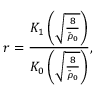
r = \frac { K _ { 1 } \left( \sqrt { \frac { 8 } { \tilde { \rho } _ { 0 } } } \right) } { K _ { 0 } \left( \sqrt { \frac { 8 } { \tilde { \rho } _ { 0 } } } \right) } ,